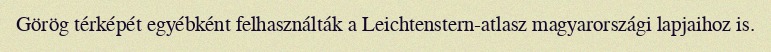
Görög térképét egyébként felhasználták a Leichtenstern-atlasz magyarországi lapjaihoz is.